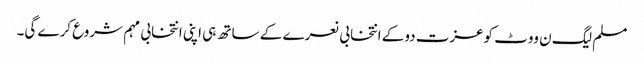
مسلم لیگ ن ووٹ کوعزت دوکے انتخابی نعرے کے ساتھ ہی اپنی انتخابی مہم شروع کرے گی۔